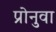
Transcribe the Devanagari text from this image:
प्रोनुवा